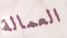
العمالة